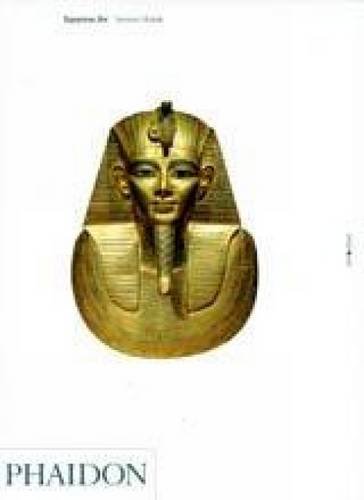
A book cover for Egyptian Art (Art and Ideas); Jaromir Malek; Travel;